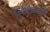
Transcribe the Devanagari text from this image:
स्विट्ज़रलैंट